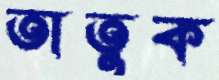
তাতুক